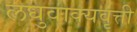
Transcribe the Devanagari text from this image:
लघुवाक्यवृत्ती